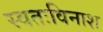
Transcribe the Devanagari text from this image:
स्वतःविनाश